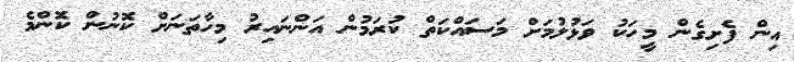
އިން ފެށިގެން މީހަކު ވަޅުލުމަށް މަސައްކަތް ކުރަމުން އަންނައިރު މިހާތަނަށް ކޮނުން ކޮންމެ